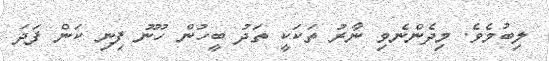
ލިބުމެވެ. މިދެންނެވި ނާރު ތަކަކީ ތަދު ބީހުން ހޫނު ފިނި ކަން ފަދަ